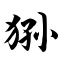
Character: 狲